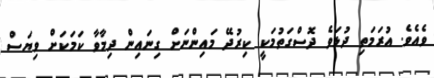
ވެއެވެ. އުރަމަތި ދުޅަވެ ދޮސްގަތުމަކީ ކިރުދޭ މައިންނަށް ގިނައިން ދިމާވާ ކަމަކަށް ވިޔަސް